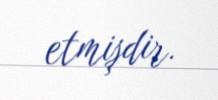
etmişdir.